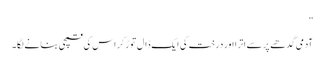
”
آدمی گدھے پر سے اترا اور درخت کی ایک ڈال توڑ کر اس کی قمچی بنانے لگا۔